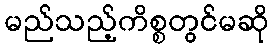
မည်သည့်ကိစ္စတွင်မဆို